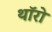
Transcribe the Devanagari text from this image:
थॉरो